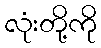
လုံးတို့ကို